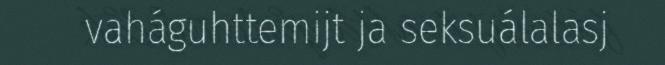
vaháguhttemijt ja seksuálalasj